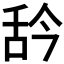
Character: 𦧈